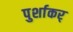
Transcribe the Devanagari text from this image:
पुर्शाकर्